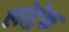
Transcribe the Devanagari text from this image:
लोट्रेक